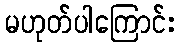
မဟုတ်ပါကြောင်း